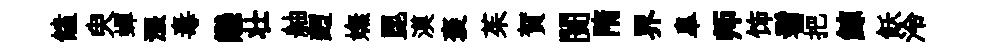
饁臾蟬漲毒戀壮舳麪嫵毘漠褒茱賀闠隋界臯师饰髫把鯨飫泠